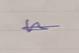
Signature authenticity: genuine